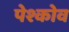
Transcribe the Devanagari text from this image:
पेश्कोव